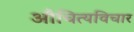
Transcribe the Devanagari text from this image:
औचित्यविचार